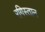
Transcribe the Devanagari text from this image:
रगिस्तान